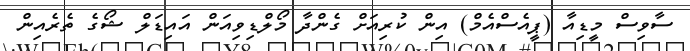
ސާވިސް މީޑިއާ (ޕީއެސްއެމް) އިން ކުރިއަށް ގެންދާ މޯލްޑިވިއަން އައިޑަލް ޝޯގެ ތެރެއިން